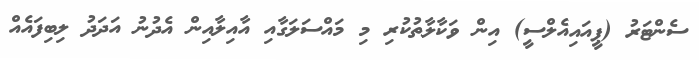
ސެންޓަރު (ޕީއައިއެލްސީ) އިން ވަކާލާތުކުރި މި މައްސަލަގާއި އާއިލާއިން އެދުނު އަދަދު ލިބިފައެއް